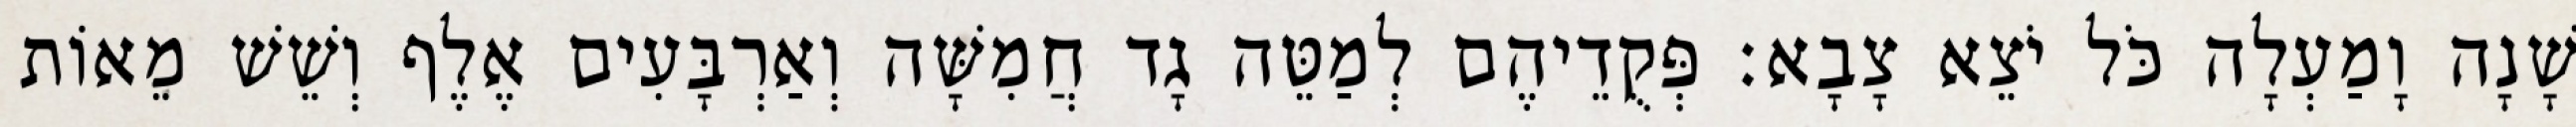
שָׁנָה וָמַעְלָה כֹּל יֹצֵא צָבָא׃ פְּקֻדֵיהֶם לְמַטֵּה גָד חֲמִשָּׁה וְאַרְבָּעִים אֶלֶף וְשֵׁשׁ מֵאוֹת